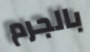
بالجرم